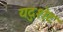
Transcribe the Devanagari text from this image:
यदुशेट